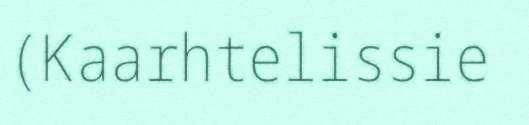
(Kaarhtelissie